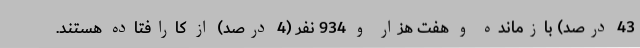
43 درصد) بازمانده و هفت هزار و 934 نفر (4 درصد) از کارافتاده هستند.